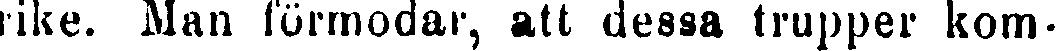
rike. Man förmodar, att dessa trupper kom-